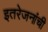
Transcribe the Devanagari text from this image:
इतरेजनांची